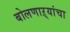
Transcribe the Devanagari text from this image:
बोलणाऱ्यांचा